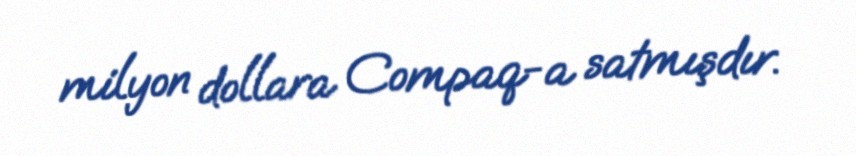
milyon dollara Compaq-a satmışdır.